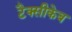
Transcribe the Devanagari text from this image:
टैक्सीकेब